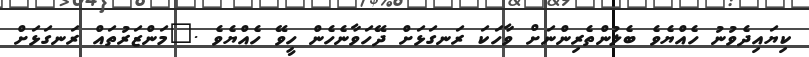
ކިޔައިދެވުނު ހެއްޔެވެ ބެލުންތެރިންނަށް ވާހަކަ ރަނގަޅަށް ދޭހަވާނެހެން ހީވޭ ހެއްޔެވެ .	މަންޒަރުތައް ރަނގަޅަށް